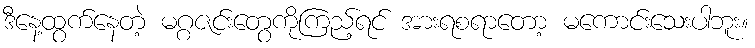
ဒီနေ့ထွက်နေတဲ့ မဂ္ဂဇင်းတွေကိုကြည့်ရင် အားရစရာတော့ မကောင်းသေးပါဘူး။